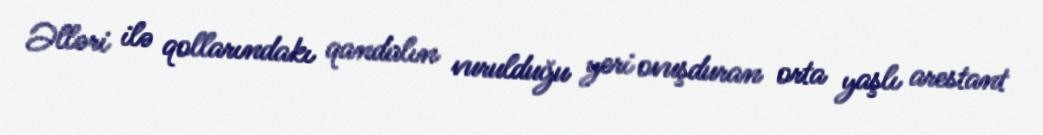
Əlləri ilə qollarındakı qandalın vurulduğu yeri ovuşduran orta yaşlı arestant